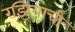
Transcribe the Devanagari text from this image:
रझियाची